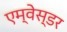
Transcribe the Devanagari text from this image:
एम्वेस्डर